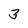
Character: 3